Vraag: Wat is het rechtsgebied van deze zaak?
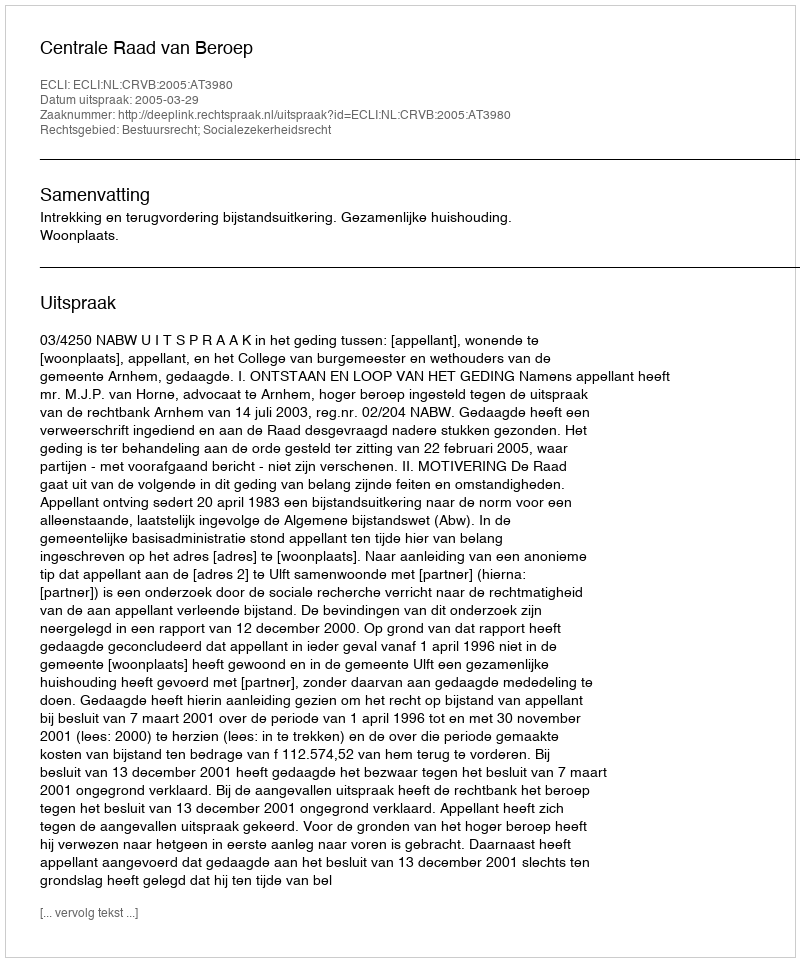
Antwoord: Bestuursrecht; Socialezekerheidsrecht